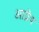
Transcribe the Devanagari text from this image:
आग्नॆय